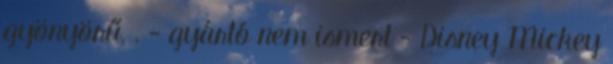
gyönyörű, . - gyártó nem ismert - Disney Mickey